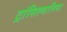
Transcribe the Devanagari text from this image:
ट्रांसिल्वानिया